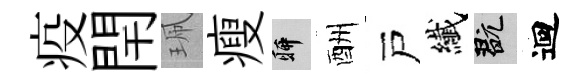
疫閈珮瘦聊酬戸纎玩迴